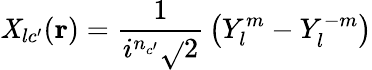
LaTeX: \mathit{X}_{lc^{\prime}}(\mathbf{{r}})={\frac{{1}}{{i^{n_{c^{\prime}}}{\sqrt{}{{2}}}}}}\left(Y_{l}^{m}-Y_{l}^{-m}\right)